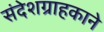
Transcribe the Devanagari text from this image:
संदेशग्राहकाने